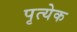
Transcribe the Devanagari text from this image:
पृत्येक